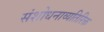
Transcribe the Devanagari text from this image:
संशोधनाव्यतिरिक्त